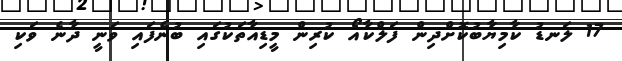
17 ލަނޑު ކާމިޔާބުކޮށްދިން ފަލްކާއޯ ކުރިން މީޑިއާތަކުގައި ބުނެފައި ވަނީ ދާނެ ވަކި